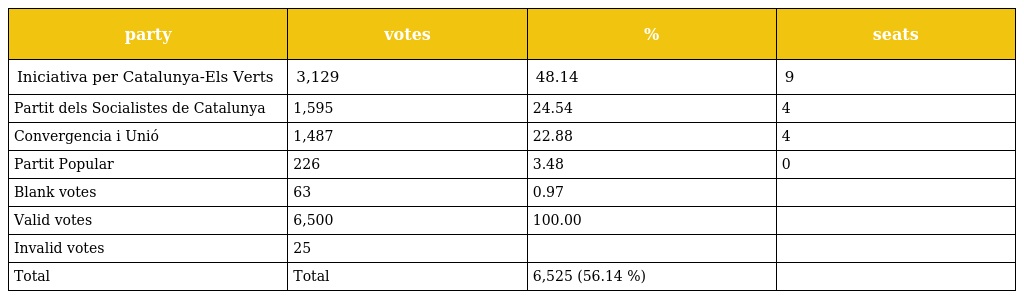
| party | votes | % | seats |
 | --- | --- | --- | --- |
 | Iniciativa per Catalunya-Els Verts | 3,129 | 48.14 | 9 |
 | Partit dels Socialistes de Catalunya | 1,595 | 24.54 | 4 |
 | Convergencia i Unió | 1,487 | 22.88 | 4 |
 | Partit Popular | 226 | 3.48 | 0 |
 | Blank votes | 63 | 0.97 |  |
 | Valid votes | 6,500 | 100.00 |  |
 | Invalid votes | 25 |  |  |
 | Total | Total | 6,525 (56.14 %) |  |